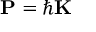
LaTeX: \mathbf { P } = \hbar \mathbf { K }